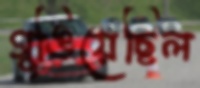
গুঙিয়েছিল